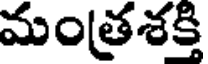
మంత్రశక్తి